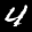
Label: 4